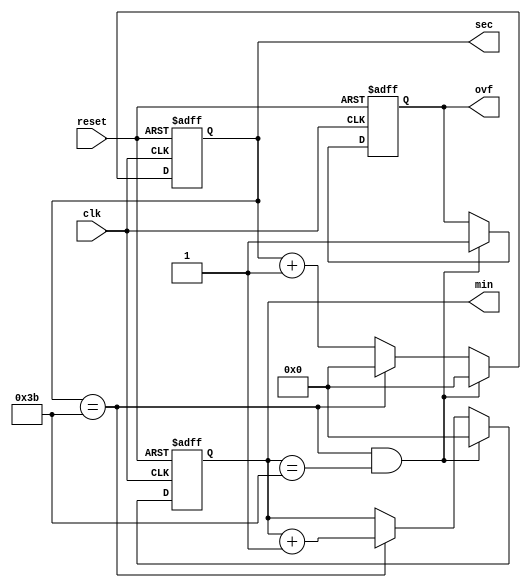

/*
A clock divider in Verilog, using the cascading
flip-flop method.
*/

module time_counter(input clk, input reset, output reg [5:0] sec,
               output reg [5:0] min, output reg ovf);

    
//-- Output is 26-bit bus, initialized at 0
initial begin
  sec = 6'b0;
  min = 6'b0;
end

//-- Sensitive to rising edge
  always @(posedge clk or posedge reset) begin
  //-- Incrementar el registro
    if(reset == 1) begin
	sec <= 6'b0;
	min <= 6'b0;
	ovf <= 0;
    end
    else begin
    sec <= sec + 1;
    if(sec == 59) begin
    sec <= 0;
      min <= min + 1;
    end
    if(sec == 59 & min == 59) begin
      sec <= 6'b0;
  	min <= 6'b0;
      ovf <= 1;
    end
  end
  end
  
  
endmodule